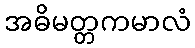
အဓိမတ္တကမာလံ